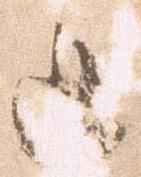
追